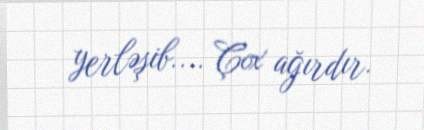
yerləşib.... Çox ağırdır.